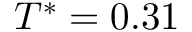
T ^ { * } = 0 . 3 1